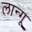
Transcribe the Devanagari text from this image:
लान्गू